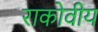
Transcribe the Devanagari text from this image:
राकोवीय